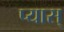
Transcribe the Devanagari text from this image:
प्यास्